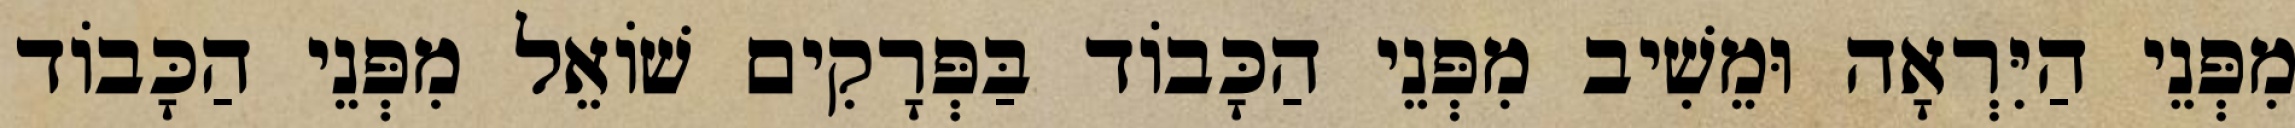
מִפְּנֵי הַיִּרְאָה וּמֵשִׁיב מִפְּנֵי הַכָּבוֹד בַּפְּרָקִים שׁוֹאֵל מִפְּנֵי הַכָּבוֹד